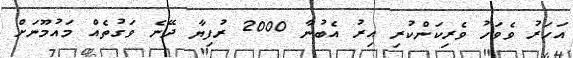
އަހަރު ވެވަހު ވެރިކަންކުރި އިރު އެބުނާ 2000 ރުފިޔާ ދޭނެ ވަގުތެއް މައުމޫނަށް